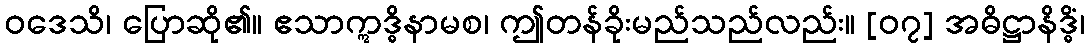
ဝဒေသိ၊ ပြောဆို၏။ ဧသာဣဒ္ဓိနာမစ၊ ဤတန်ခိုးမည်သည်လည်း။ [၀၇] အဓိဋ္ဌာနိဒ္ဓိံ၊